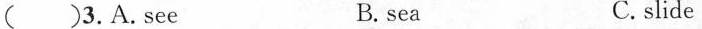
() 3. A. See B.sea C. slide